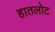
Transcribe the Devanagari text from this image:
हातलोट